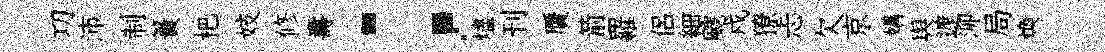
㓛沛制簣杷妓修夀；燼刊贋箭羅侶細颼戍獠忐欠京媾舆遮泖局焕